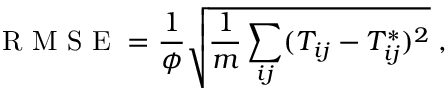
\mathrm { ~ R ~ M ~ S ~ E ~ } = \frac { 1 } { \phi } \sqrt { \frac { 1 } { m } \sum _ { i j } ( T _ { i j } - T _ { i j } ^ { * } ) ^ { 2 } } \; ,